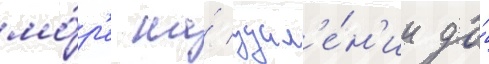
мо́р'е на́ удал'е́н'ии до́